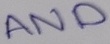
Text: AND